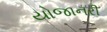
યોજાનરી